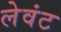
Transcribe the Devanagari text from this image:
लेवंट